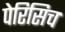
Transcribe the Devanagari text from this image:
पेरिसिच